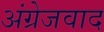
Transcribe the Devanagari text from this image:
अंग्रेजवाद